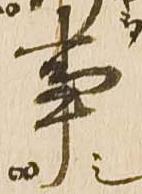
事